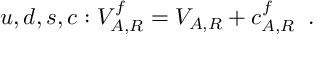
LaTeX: u , d , s , c : V _ { A , R } ^ { f } = V _ { A , R } + c _ { A , R } ^ { f } \; \; .